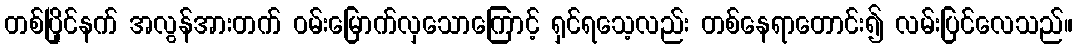
တစ်ပြိုင်နက် အလွန်အားတက် ဝမ်းမြောက်လှသောကြောင့် ရှင်ရသေ့လည်း တစ်နေရာတောင်း၍ လမ်းပြင်လေသည်။